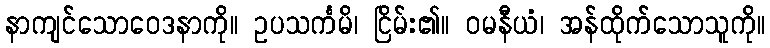
နာကျင်သောဝေဒနာကို။ ဥပသင်္ကမိ၊ ငြိမ်း၏။ ဝမနီယံ၊ အန်ထိုက်သောသူကို။